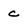
Character: c